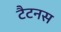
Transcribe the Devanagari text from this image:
टैटनस